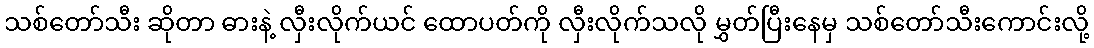
သစ်တော်သီး ဆိုတာ ဓားနဲ့ လှီးလိုက်ယင် ထောပတ်ကို လှီးလိုက်သလို မွှတ်ပြီးနေမှ သစ်တော်သီးကောင်းလို့